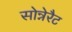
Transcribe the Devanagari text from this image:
सोन्नेरैट